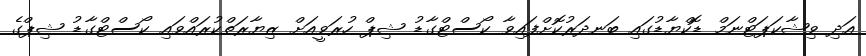
އަދި ވިޝާކަޕަޓްނަމް ޑޮކްޔާޑުގައި ބަނދަރުކޮށްފައިވާ ކޯސްޓްގާޑު ޝިޕް ހުރަވީއަށް ޒިޔާރަތްކުރައްވައި ކޯސްޓްގާޑު ޝިޕްގެ